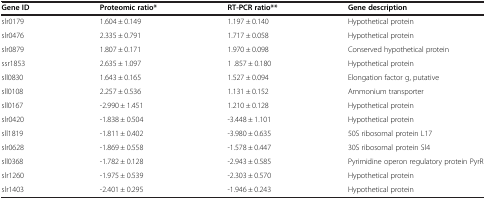
| Gene ID | Proteomic ratio* | RT-PCR ratio** | Gene description |
 | --- | --- | --- | --- |
 | slr0179 | 1.604 ± 0.149 | 1.197 ± 0.140 | Hypothetical protein |
 | slr0476 | 2.335 ± 0.791 | 1.717 ± 0.058 | Hypothetical protein |
 | slr0879 | 1.807 ± 0.171 | 1.970 ± 0.098 | Conserved hypothetical protein |
 | ssr1853 | 2.635 ± 1.097 | 1 .857 ± 0.180 | Hypothetical protein |
 | sll0830 | 1.643 ± 0.165 | 1.527 ± 0.094 | Elongation factor g, putative |
 | sll0108 | 2.257 ± 0.536 | 1.131 ± 0.152 | Ammonium transporter |
 | sll0167 | -2.990 ± 1.451 | 1.210 ± 0.128 | Hypothetical protein |
 | slr0420 | -1.838 ± 0.504 | -3.448 ± 1.101 | Hypothetical protein |
 | sll1819 | -1.811 ± 0.402 | -3.980 ± 0.635 | 50S ribosomal protein L17 |
 | slr0628 | -1.869 ± 0.558 | -1.578 ± 0.447 | 30S ribosomal protein Sl4 |
 | sll0368 | -1.782 ± 0.128 | -2.943 ± 0.585 | Pyrimidine operon regulatory protein PyrR |
 | slr1260 | -1.975 ± 0.539 | -2.303 ± 0.570 | Hypothetical protein |
 | slr1403 | -2.401 ± 0.295 | -1.946 ± 0.243 | Hypothetical protein |